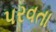
પરવતા